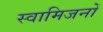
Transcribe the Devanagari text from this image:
स्वामिजनों